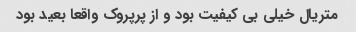
متریال خیلی بی کیفیت بود و از پرپروک واقعا بعید بود